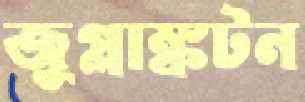
জুপ্লাঙ্কটন